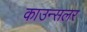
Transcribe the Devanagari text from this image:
काउन्सलर